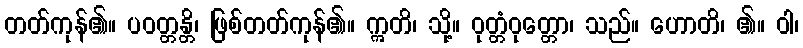
တတ်ကုန်၏။ ပဝတ္တန္တိ၊ ဖြစ်တတ်ကုန်၏။ ဣတိ၊ သို့။ ဝုတ္တံဝုတ္တော၊ သည်။ ဟောတိ၊ ၏။ ဝါ၊